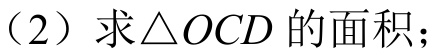
（2）求\(\triangle OCD\)的面积；